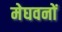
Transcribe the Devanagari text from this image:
मेघवनों